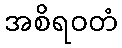
အစိရဝတံ